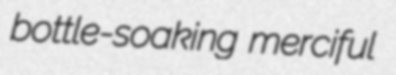
bottle-soaking merciful